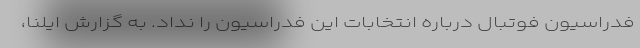
فدراسیون فوتبال درباره انتخابات این فدراسیون را نداد. به گزارش ایلنا،